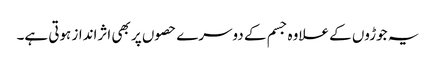
یہ جوڑوں کے علاوہ جسم کے دوسرے حصوں پر بھی اثرانداز ہوتی ہے۔